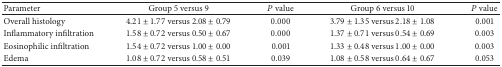
<table><thead><tr><td><b>Parameter</b></td><td><b>Group 5 versus 9</b></td><td><b><i>P</i> value</b></td><td><b>Group 6 versus 10</b></td><td><b><i>P</i> value</b></td></tr></thead><tbody><tr><td>Overall histology</td><td>4.21 ± 1.77 versus 2.08 ± 0.79</td><td>0.000</td><td>3.79 ± 1.35 versus 2.18 ± 1.08</td><td>0.001</td></tr><tr><td>Inflammatory infiltration</td><td>1.58 ± 0.72 versus 0.50 ± 0.67</td><td>0.000</td><td>1.37 ± 0.71 versus 0.54 ± 0.69</td><td>0.003</td></tr><tr><td>Eosinophilic infiltration</td><td>1.54 ± 0.72 versus 1.00 ± 0.00</td><td>0.001</td><td>1.33 ± 0.48 versus 1.00 ± 0.00</td><td>0.003</td></tr><tr><td>Edema </td><td>1.08 ± 0.72 versus 0.58 ± 0.51</td><td>0.039</td><td>1.08 ± 0.58 versus 0.64 ± 0.67</td><td>0.053</td></tr></tbody></table>